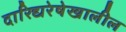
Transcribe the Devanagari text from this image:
दारिद्यरेषेखालील